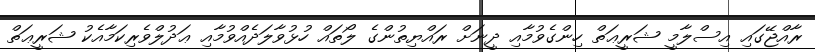
ރާއްޖޭގައި އިސްލާމީ ޝަރީޢަތް ހިންގެވުމާއި ދީނަށް ރައްޔިތުންގެ ލޯތައް ހުޅުވާލަދެއްވުމާއި ޢަދުލްވެރިކަމާއެކު ޝަރީޢަތް